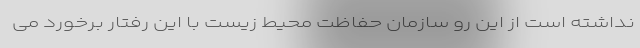
نداشته است از این رو سازمان حفاظت محیط زیست با این رفتار برخورد می